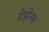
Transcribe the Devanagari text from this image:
प्रेझेन्स